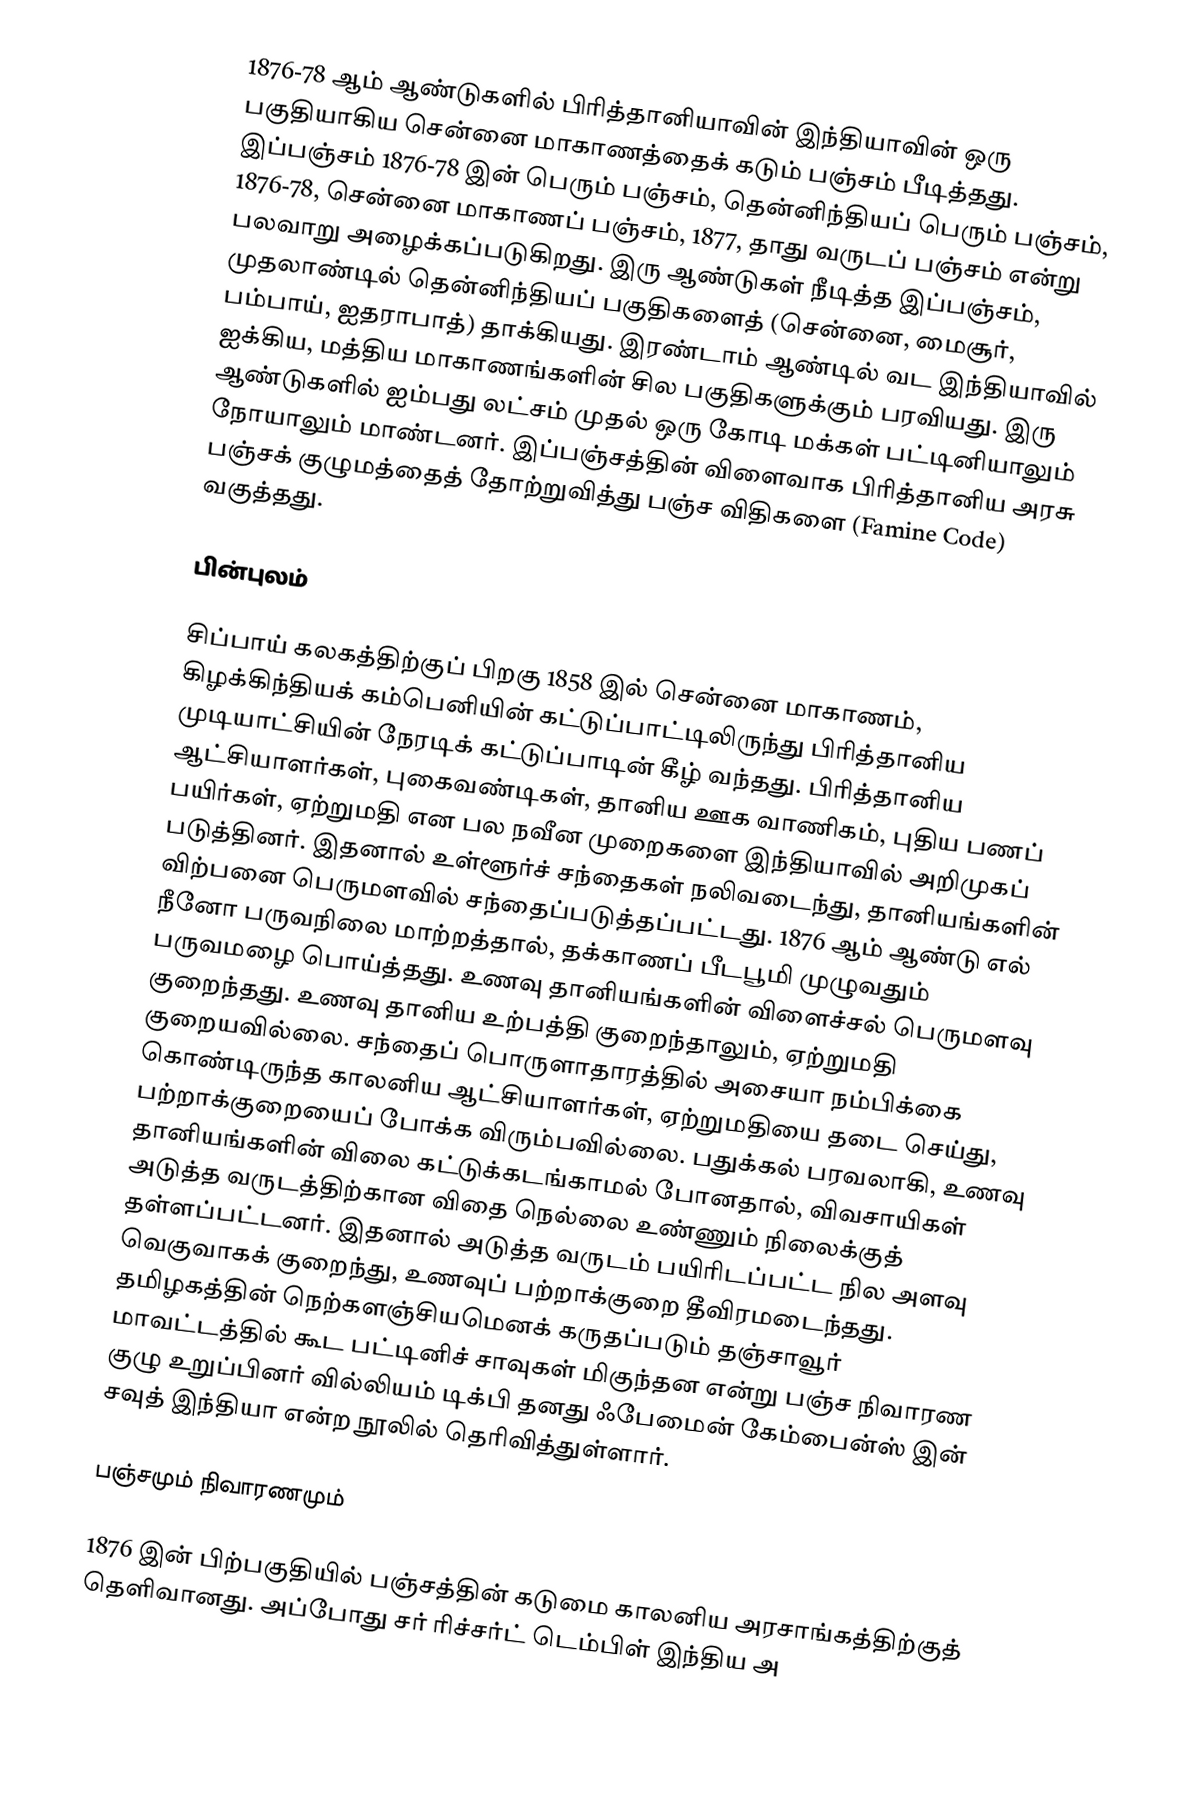
1876-78 ஆம் ஆண்டுகளில் பிரித்தானியாவின் இந்தியாவின் ஒரு பகுதியாகிய சென்னை மாகாணத்தைக் கடும் பஞ்சம் பீடித்தது. இப்பஞ்சம் 1876-78 இன் பெரும் பஞ்சம், தென்னிந்தியப் பெரும் பஞ்சம், 1876-78, சென்னை மாகாணப் பஞ்சம், 1877, தாது வருடப் பஞ்சம் என்று பலவாறு அழைக்கப்படுகிறது. இரு ஆண்டுகள் நீடித்த இப்பஞ்சம், முதலாண்டில் தென்னிந்தியப் பகுதிகளைத் (சென்னை, மைசூர், பம்பாய், ஐதராபாத்) தாக்கியது. இரண்டாம் ஆண்டில் வட இந்தியாவில் ஐக்கிய, மத்திய மாகாணங்களின் சில பகுதிகளுக்கும் பரவியது. இரு ஆண்டுகளில் ஐம்பது லட்சம் முதல் ஒரு கோடி மக்கள் பட்டினியாலும் நோயாலும் மாண்டனர். இப்பஞ்சத்தின் விளைவாக பிரித்தானிய அரசு பஞ்சக் குழுமத்தைத் தோற்றுவித்து பஞ்ச விதிகளை (Famine Code) வகுத்தது.

பின்புலம்

சிப்பாய் கலகத்திற்குப் பிறகு 1858 இல் சென்னை மாகாணம், கிழக்கிந்தியக் கம்பெனியின் கட்டுப்பாட்டிலிருந்து பிரித்தானிய முடியாட்சியின் நேரடிக் கட்டுப்பாடின் கீழ் வந்தது. பிரித்தானிய ஆட்சியாளர்கள், புகைவண்டிகள், தானிய ஊக வாணிகம், புதிய பணப் பயிர்கள், ஏற்றுமதி என பல நவீன முறைகளை இந்தியாவில் அறிமுகப் படுத்தினர். இதனால் உள்ளூர்ச் சந்தைகள் நலிவடைந்து, தானியங்களின் விற்பனை பெருமளவில் சந்தைப்படுத்தப்பட்டது. 1876 ஆம் ஆண்டு எல் நீனோ பருவநிலை மாற்றத்தால், தக்காணப் பீடபூமி முழுவதும் பருவமழை பொய்த்தது. உணவு தானியங்களின் விளைச்சல் பெருமளவு குறைந்தது. உணவு தானிய உற்பத்தி குறைந்தாலும், ஏற்றுமதி குறையவில்லை. சந்தைப் பொருளாதாரத்தில் அசையா நம்பிக்கை கொண்டிருந்த காலனிய ஆட்சியாளர்கள், ஏற்றுமதியை தடை செய்து, பற்றாக்குறையைப் போக்க விரும்பவில்லை. பதுக்கல் பரவலாகி, உணவு தானியங்களின் விலை கட்டுக்கடங்காமல் போனதால், விவசாயிகள் அடுத்த வருடத்திற்கான விதை நெல்லை உண்ணும் நிலைக்குத் தள்ளப்பட்டனர். இதனால் அடுத்த வருடம் பயிரிடப்பட்ட நில அளவு வெகுவாகக் குறைந்து, உணவுப் பற்றாக்குறை தீவிரமடைந்தது. தமிழகத்தின் நெற்களஞ்சியமெனக் கருதப்படும் தஞ்சாவூர் மாவட்டத்தில் கூட பட்டினிச் சாவுகள் மிகுந்தன என்று பஞ்ச நிவாரண குழு உறுப்பினர் வில்லியம் டிக்பி தனது ஃபேமைன் கேம்பைன்ஸ் இன் சவுத் இந்தியா என்ற நூலில் தெரிவித்துள்ளார்.

பஞ்சமும் நிவாரணமும்

1876 இன் பிற்பகுதியில் பஞ்சத்தின் கடுமை காலனிய அரசாங்கத்திற்குத் தெளிவானது. அப்போது சர் ரிச்சர்ட் டெம்பிள் இந்திய அ